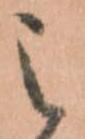
之